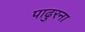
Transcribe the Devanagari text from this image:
पाढुरना